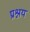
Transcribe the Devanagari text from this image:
प्रश्नय